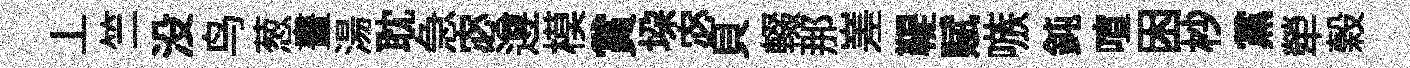
丄竺没鸟葱畫湯耽急宓遵模賞垜宓貝輟那嵳鞮赋嗾鈍喧困杪黨犖榖